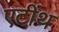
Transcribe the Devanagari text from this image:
एटींथ